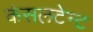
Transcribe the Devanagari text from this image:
कंसलटेन्ट